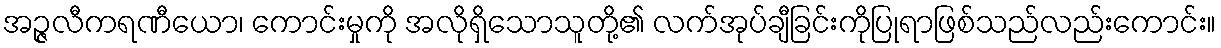
အဉ္ဇလီကရဏီယော၊ ကောင်းမှုကို အလိုရှိသောသူတို့၏ လက်အုပ်ချီခြင်းကိုပြုရာဖြစ်သည်လည်းကောင်း။